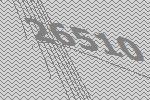
26510